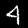
Label: 4